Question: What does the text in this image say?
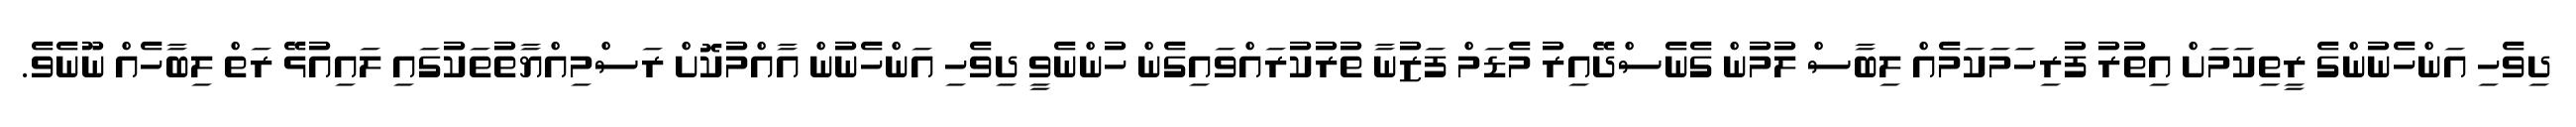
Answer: ދިވެހި އަންހެނުންގެ ރީތިކަމަށް އިތުރު ފުރިހަމަކަމެއް ލިބާސް ލުމުން ގެނެސްދޭއިރު މެޑަމް ފަޒުނާ ތުރުކުރައްވައިގެން ހުންނެވީ ދިވެހި އަންހެނުން އާއްމުކޮށް ރަސްމިއްޔާތުތަކުގައި ލައިއުޅޭ ރަތް ލިބާހެއް ނޫނެވެ.